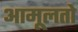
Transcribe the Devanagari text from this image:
आमूलतो